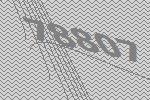
78807